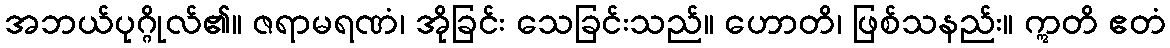
အဘယ်ပုဂ္ဂိုလ်၏။ ဇရာမရဏံ၊ အိုခြင်း သေခြင်းသည်။ ဟောတိ၊ ဖြစ်သနည်း။ ဣတိ ဧတံ